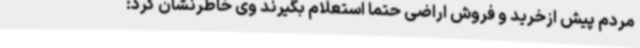
مردم پیش ازخرید و فروش اراضی حتما استعلام بگیرند وی خاطرنشان کرد: